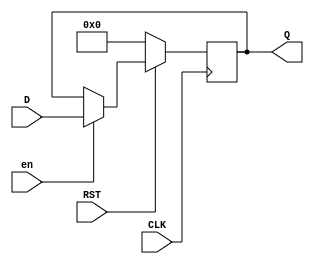
/*--  *******************************************************
--  Computer Architecture Course, Laboratory Sources 
--  Amirkabir University of Technology (Tehran Polytechnic)
--  Department of Computer Engineering (CE-AUT)
--  https://ce[dot]aut[dot]ac[dot]ir
--  *******************************************************
--  All Rights reserved (C) 2021-2022
--  *******************************************************
--  Student ID  : 9931072 - 9931078
--  Student Name: sina shariati - kimia montazeri
--  Student Mail: sina.shariati@aut.ac.ir - kimia.mtz@gmail.com
--  *******************************************************
--*/

/*-----------------------------------------------------------
---  Module Name: register
-----------------------------------------------------------*/
`timescale 1 ns/1 ns
module register(
input [7:0] D,
input CLK, 
input RST,
input en,
output reg [7:0] Q
);
always @(posedge CLK) begin
    if (~RST) begin
       Q = 8'b0000_0000;
    end else if(en) begin
        Q = D;
    end
end
endmodule